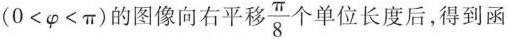
($$0 < \varphi < \pi$$)的图像向右平移\frac{\pi}{8}个单位长度后，得到函